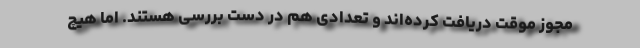
مجوز موقت دریافت کرده‌اند و تعدادی هم در دست بررسی هستند. اما هیچ